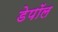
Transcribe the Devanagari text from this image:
डेपॉल